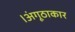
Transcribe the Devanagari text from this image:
।अंगूठाकार